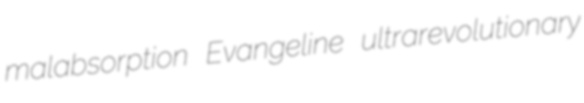
malabsorption Evangeline ultrarevolutionary